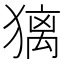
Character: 𤡢